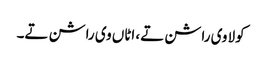
کولا وی راشن تے، اٹاں وی راشن تے۔